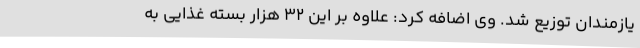
یازمندان توزیع شد. وی اضافه کرد: علاوه بر این 32 هزار بسته غذایی به